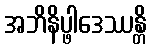
အဘိနိပ္ဖါဒေဿန္တိ